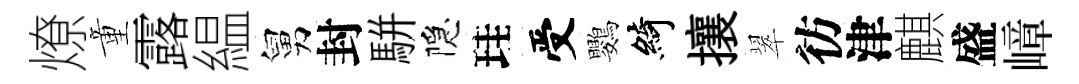
燎童露緼舅封駢隠珪受鸚綺攘翠彷津麒盛嶂